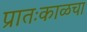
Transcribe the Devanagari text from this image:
प्रातःकाळचा